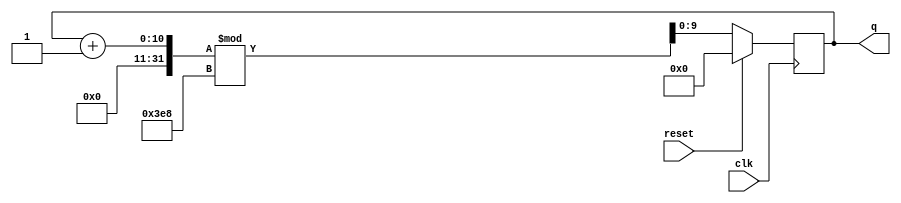
module top_module (
    input clk,
    input reset,
    output [9:0] q);
    
    always @(posedge clk) begin
        if(reset) q <= 10'd0;
        else q <= (q+1)%1000;
    end

endmodule